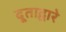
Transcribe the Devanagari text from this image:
दूताद्वारे